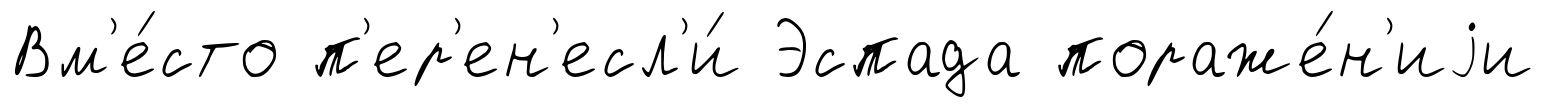
Вм'е́сто п'ер'ен'есл'и́ Эспада пораже́н'иjи